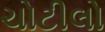
ચોટીલો